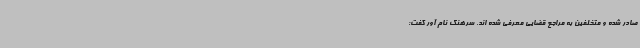
صادر شده و متخلفین به مراجع قضایی معرفی شده اند. سرهنگ نام آور گفت: